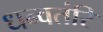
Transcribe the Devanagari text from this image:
धन्वतंरि